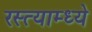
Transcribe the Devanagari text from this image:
रस्त्याम्ध्ये